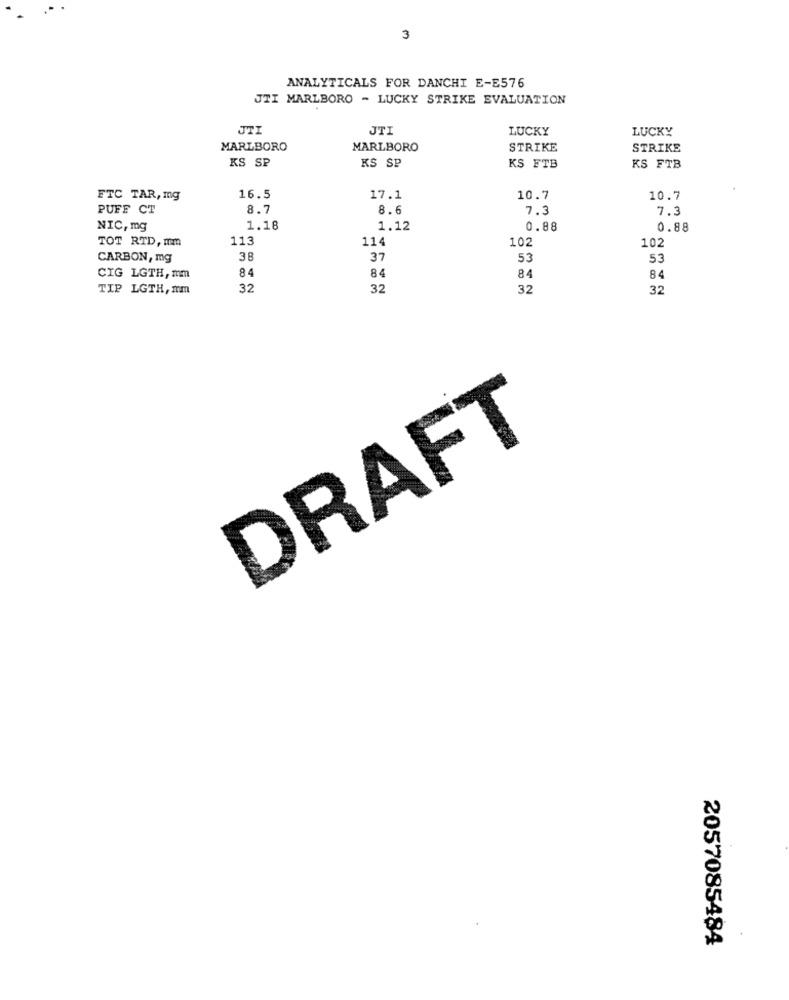
3
ANALYTICALS FOR DANCHI E-E576
JTI MARLBORO - LUCKY STRIKE EVALUATION
JTI
JTI
LUCKY
LUCKY
MARLBORO
MARLBORO
STRIKE
STRIKE
KS SP
KS SP
KS FTB
KS FTB
FTC TAR, mg
16.5
17.1
10.7
10.7
PUFF CT
8.
8.
7.3
7.3
NIC, mg
1.18
1.12
0.88
0.88
TOT RTD, mm
113
114
102
102
CARBON, mg
38
37
53
53
84
84
CIG LGTH, mm
84
84
TIP LGTH, mm
32
32
32
32
DRAFT
2057085484